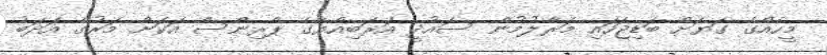
މީހެއްގެ ގަޔަށް ބަޑިޖަހައި މަރާލުމުން ސައުދީ އަރަބިއްޔާގެ ޕްރިންސް އަކަށް މަރުގެ އަދަބު